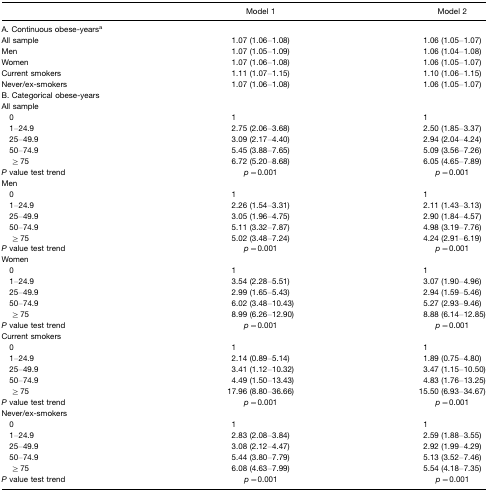
<table><thead><tr><td>[EMPTY_CELL]</td><td><b>Model 1</b></td><td><b>Model 2</b></td></tr></thead><tbody><tr><td>A. Continuous obese-yearsa</td><td>[EMPTY_CELL]</td><td>[EMPTY_CELL]</td></tr><tr><td>All sample</td><td>1.07 (1.06–1.08)</td><td>1.06 (1.05–1.07)</td></tr><tr><td>Men</td><td>1.07 (1.05–1.09)</td><td>1.06 (1.04–1.08)</td></tr><tr><td>Women</td><td>1.07 (1.06–1.08)</td><td>1.06 (1.05–1.07)</td></tr><tr><td>Current smokers</td><td>1.11 (1.07–1.15)</td><td>1.10 (1.06–1.15)</td></tr><tr><td>Never/ex-smokers</td><td>1.07 (1.06–1.08)</td><td>1.06 (1.05–1.07)</td></tr><tr><td>B. Categorical obese-years</td><td>[EMPTY_CELL]</td><td>[EMPTY_CELL]</td></tr><tr><td>All sample</td><td>[EMPTY_CELL]</td><td>[EMPTY_CELL]</td></tr><tr><td> 0</td><td>1</td><td>1</td></tr><tr><td> 1–24.9</td><td>2.75 (2.06–3.68)</td><td>2.50 (1.85–3.37)</td></tr><tr><td> 25–49.9</td><td>3.09 (2.17–4.40)</td><td>2.94 (2.04–4.24)</td></tr><tr><td> 50–74.9</td><td>5.45 (3.88–7.65)</td><td>5.09 (3.56–7.26)</td></tr><tr><td>≥ 75</td><td>6.72 (5.20–8.68)</td><td>6.05 (4.65–7.89)</td></tr><tr><td><i>P</i> value test trend</td><td><i>p</i>=0.001</td><td><i>p</i>=0.001</td></tr><tr><td>Men</td><td>[EMPTY_CELL]</td><td>[EMPTY_CELL]</td></tr><tr><td> 0</td><td>1</td><td>1</td></tr><tr><td> 1–24.9</td><td>2.26 (1.54–3.31)</td><td>2.11 (1.43–3.13)</td></tr><tr><td> 25–49.9</td><td>3.05 (1.96–4.75)</td><td>2.90 (1.84–4.57)</td></tr><tr><td> 50–74.9</td><td>5.11 (3.32–7.87)</td><td>4.98 (3.19–7.76)</td></tr><tr><td>≥ 75</td><td>5.02 (3.48–7.24)</td><td>4.24 (2.91–6.19)</td></tr><tr><td><i>P</i> value test trend</td><td><i>p</i>=0.001</td><td><i>p</i>=0.001</td></tr><tr><td>Women</td><td>[EMPTY_CELL]</td><td>[EMPTY_CELL]</td></tr><tr><td> 0</td><td>1</td><td>1</td></tr><tr><td> 1–24.9</td><td>3.54 (2.28–5.51)</td><td>3.07 (1.90–4.96)</td></tr><tr><td> 25–49.9</td><td>2.99 (1.65–5.43)</td><td>2.94 (1.59–5.46)</td></tr><tr><td> 50–74.9</td><td>6.02 (3.48–10.43)</td><td>5.27 (2.93–9.46)</td></tr><tr><td>≥ 75</td><td>8.99 (6.26–12.90)</td><td>8.88 (6.14–12.85)</td></tr><tr><td><i>P</i> value test trend</td><td><i>p</i>=0.001</td><td><i>p</i>=0.001</td></tr><tr><td>Current smokers</td><td>[EMPTY_CELL]</td><td>[EMPTY_CELL]</td></tr><tr><td> 0</td><td>1</td><td>1</td></tr><tr><td> 1–24.9</td><td>2.14 (0.89–5.14)</td><td>1.89 (0.75–4.80)</td></tr><tr><td> 25–49.9</td><td>3.41 (1.12–10.32)</td><td>3.47 (1.15–10.50)</td></tr><tr><td> 50–74.9</td><td>4.49 (1.50–13.43)</td><td>4.83 (1.76–13.25)</td></tr><tr><td>≥ 75</td><td>17.96 (8.80–36.66)</td><td>15.50 (6.93–34.67)</td></tr><tr><td><i>P</i> value test trend</td><td><i>p</i>=0.001</td><td><i>p</i>=0.001</td></tr><tr><td>Never/ex-smokers</td><td>[EMPTY_CELL]</td><td>[EMPTY_CELL]</td></tr><tr><td> 0</td><td>1</td><td>1</td></tr><tr><td> 1–24.9</td><td>2.83 (2.08–3.84)</td><td>2.59 (1.88–3.55)</td></tr><tr><td> 25–49.9</td><td>3.08 (2.12–4.47)</td><td>2.92 (1.99–4.29)</td></tr><tr><td> 50–74.9</td><td>5.44 (3.80–7.79)</td><td>5.13 (3.52–7.46)</td></tr><tr><td>≥ 75</td><td>6.08 (4.63–7.99)</td><td>5.54 (4.18–7.35)</td></tr><tr><td><i>P</i> value test trend</td><td><i>p</i>=0.001</td><td><i>p</i>=0.001</td></tr></tbody></table>